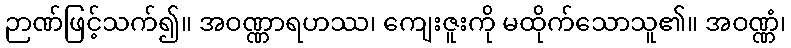
ဉာဏ်ဖြင့်သက်၍။ အဝဏ္ဏာရဟဿ၊ ကျေးဇူးကို မထိုက်သောသူ၏။ အဝဏ္ဏံ၊